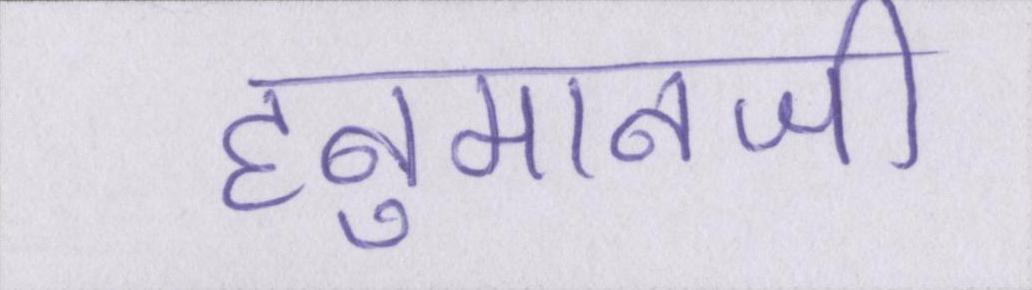
हनुमानजी